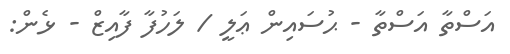
އަސްތާ އަސްތާ - ޙުސައިން ޢަލީ / ލަހުފާ ފާއިޒް - ޅެން: